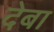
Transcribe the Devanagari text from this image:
देबा